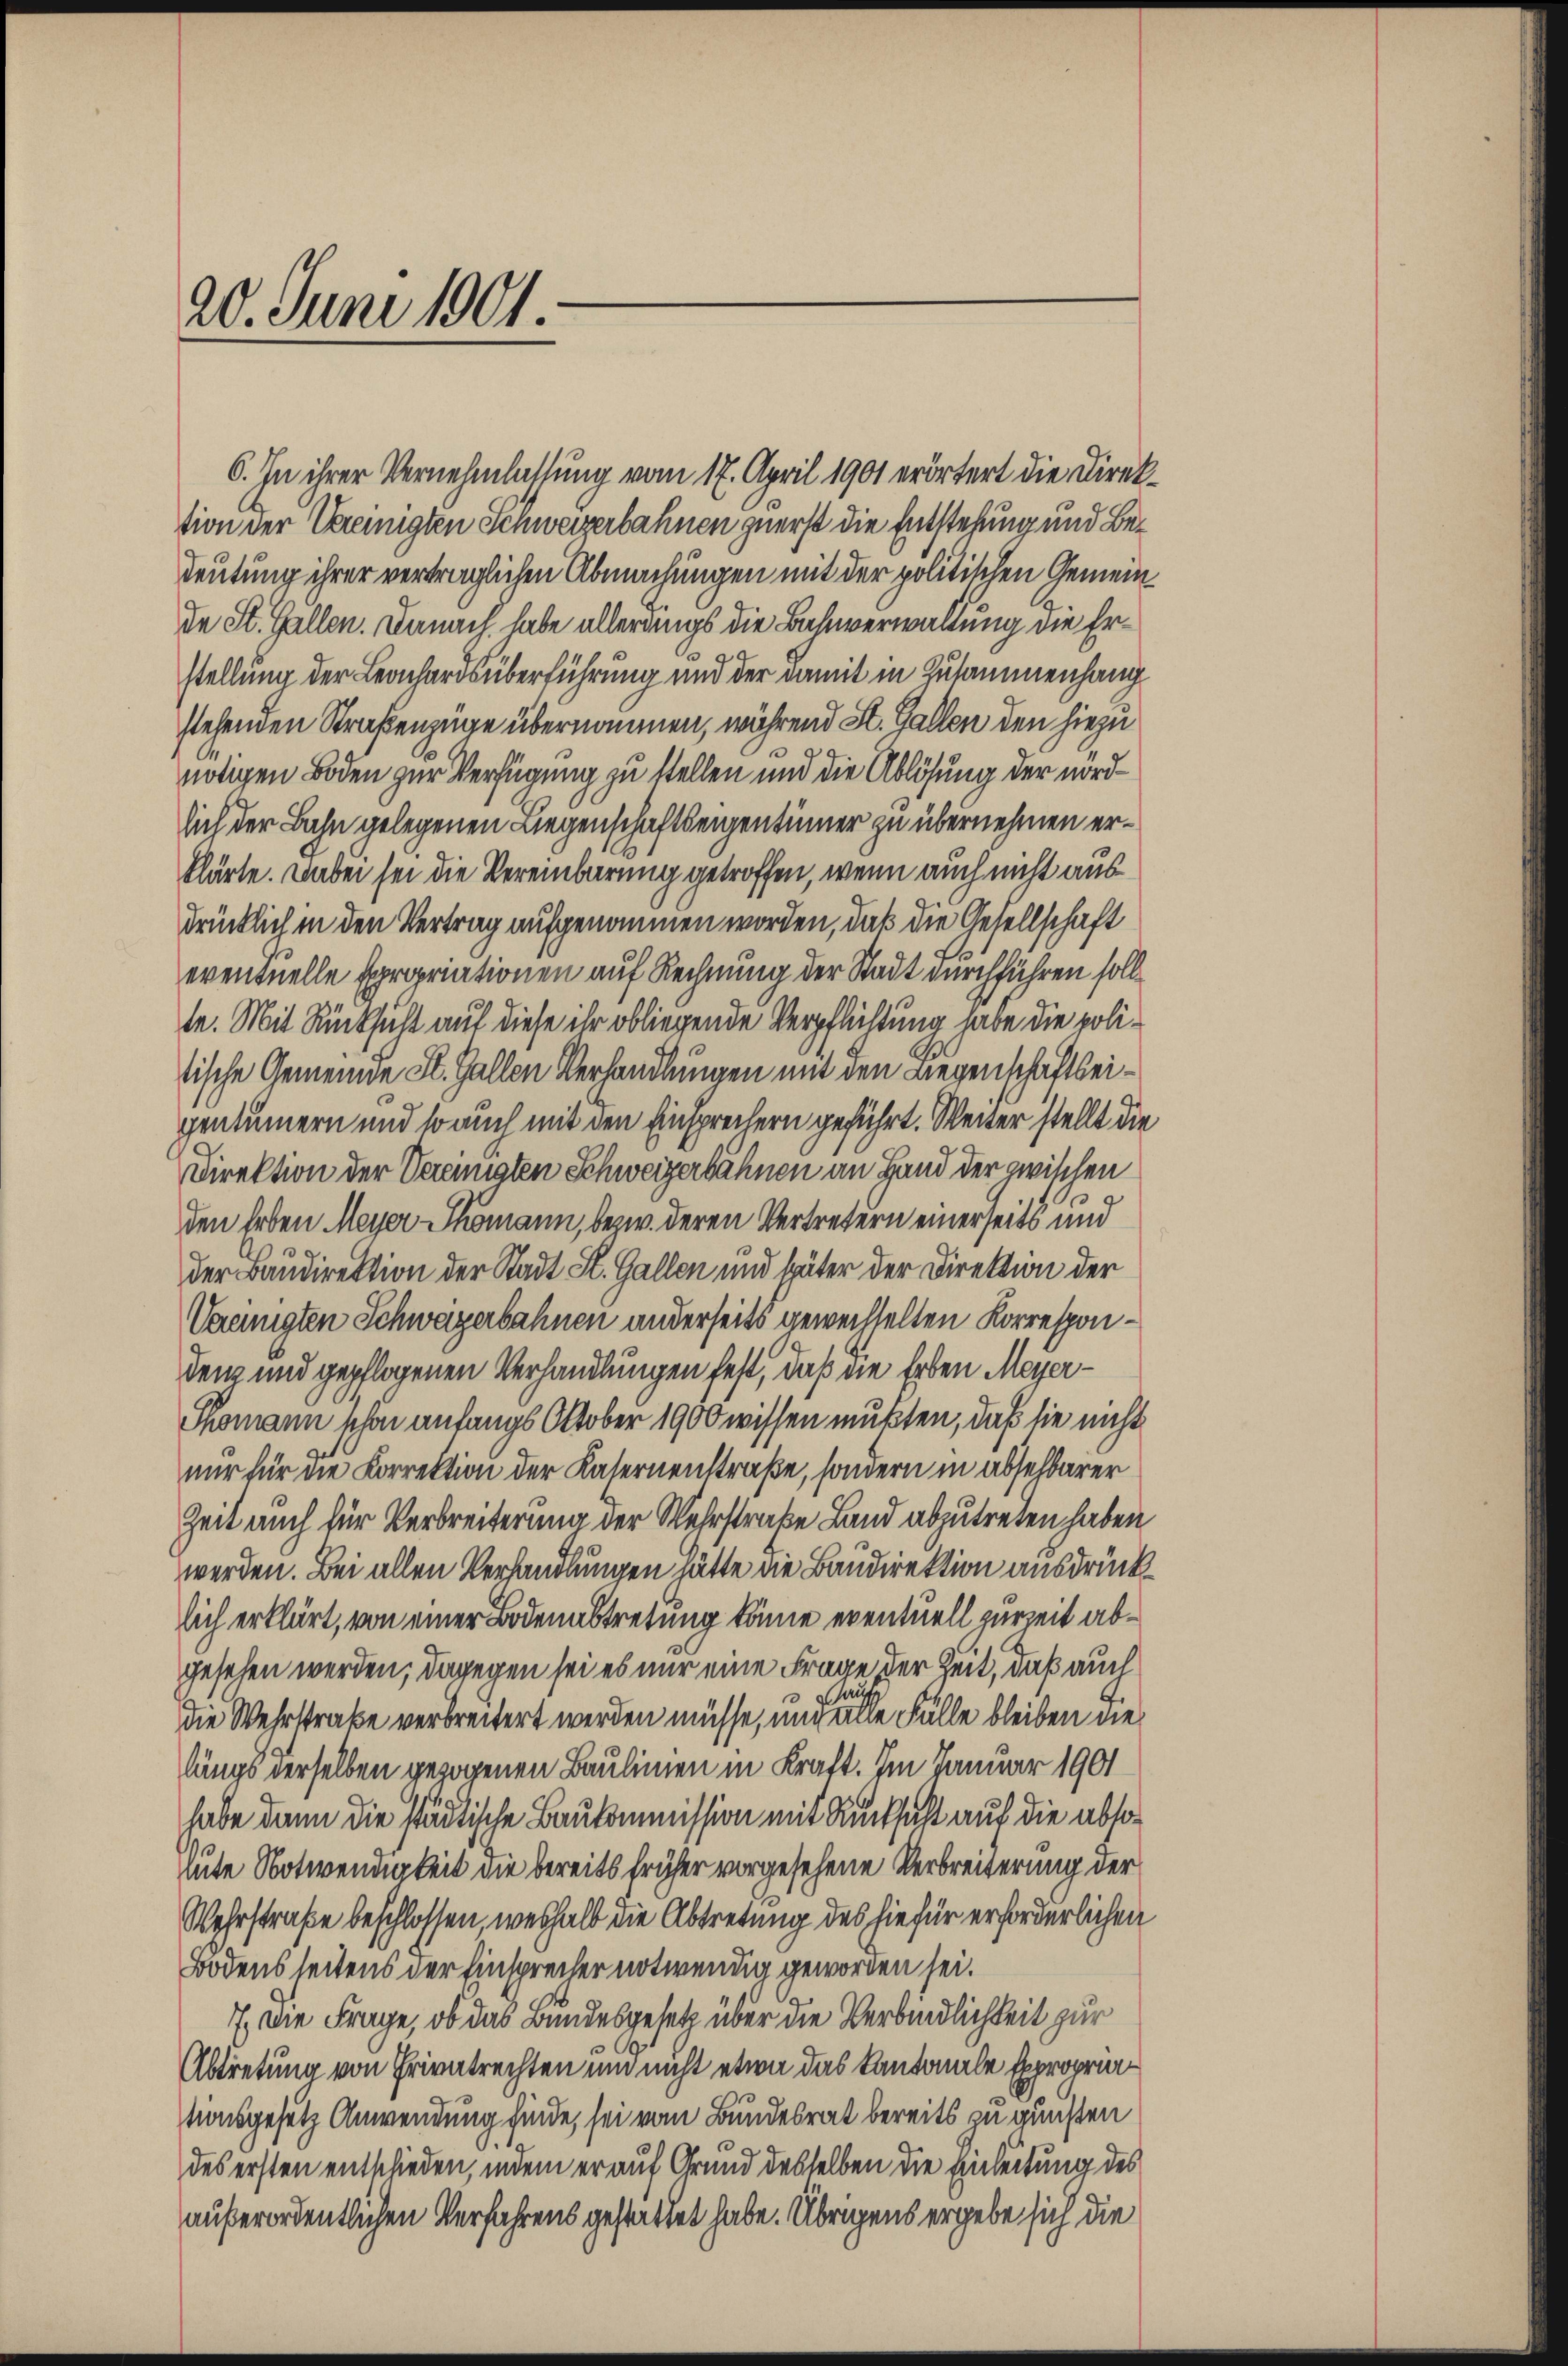
20. Juni 1901.

C. In ihrer Vernehmlassung vom 17. April 1901 erörtert die Direktion der Vereinigten Schweizerbahnen zuerst die Entstehung und Bedeutung ihrer verträglichen Abmachungen mit der politischen Gemeinde St. Gallen. Danach habe allerungs die Bahnverwaltung die Erstellung der Leonhardsüberführung und der damit in Zusammenhang
stehenden Straßenzüge übernommen, während St. Gallen den hiezu
nötigen Boden zur Verfügung zu stellen und die Ablösung der nordlich der Bahn gelegenen Liegenschaftseigentümer zu übernehmen erklärte. Dabei sei die Vereinbarung getroffen, wenn auch nicht ausdrücklich in den Vertrag aufgenommen worden, daß die Gesellschaft
eventuelle Expropriationen auf Rechnung der Stadt durchführen soll
te. Mit Rücksicht auf diese ihr obliegende Verpflichtung habe die politische Gemeinde St. Gallen Verhandlungen mit den Liegenschaftseigentümern und so auch mit den Einsprechern geführt. Weiter stellt die
Direktion der Vereinigten Schweizerbahnen an Hand der zwischen
den Erben Meyer Thomann, bezw. deren Vertretern einerseits und
der Baudirektion der Stadt St. Gallen und später der Direktion der
Vereinigten Schwagerbahnen anderseits gewechselten Korresponden und gepflogenen Verhandlungen fest, daß die Erben Meyer¬
Thomann schon anfangs Oktober 1900 wissen mußten, daß sie nicht
nur für die Correktion der Katernenstraße, sondern in absehbarer
Zeit auch für Verbreiterung der Wehrstrake Land abzutreten haben,
werden. Bei allen Verhandlungen hätte die Baudirektion ausdrücklich erklärt, von einer Bodenabtretung könne eventuell zurzeit abgesehen werden; dagegen sei es nur eine Frage der Zeit, daß auch
wen
Die Wehrstraße verbreitert werden müsse, und alle Fälle bleiben die
längs derselben gezogenen Baulinien in Kraft. Im Januar 1901
habe dann die städtische Baukommission mit Rücksicht auf die absohute Notwendigkeit die bereits früher vorgesehene Verbreiterung der
Wehrstraße beschlossen, weshalb die Abtretung des hiefür erforderlichen
Bodensseitens der Einsprecher notwendig geworden sei.
7. Die Frage, ob das Bundesgesetz über die Verbindlichkeit zur
Abtretung von Privatrechten und nicht etwa das Kantonale Expropria
tionsgesetz Anwendung finde, sei vom Bundesrat bereits zu gunsten
des ersten entschieden, indem er auf Grund desselben die Einleitung des
außerordentlichen Verfahrens gestattet habe. Übrigens ergebe sich die